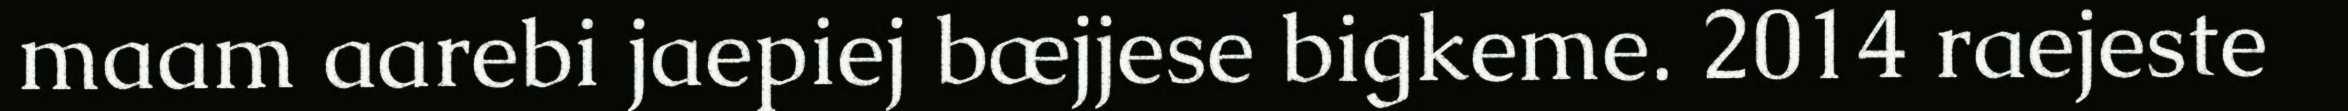
maam aarebi jaepiej bæjjese bigkeme. 2014 raejeste